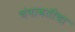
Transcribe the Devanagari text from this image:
चंपावतीचा